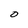
Character: 0